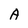
Character: A